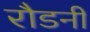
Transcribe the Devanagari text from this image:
रौडनी